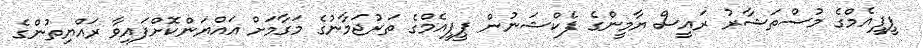
ޕީޕީއެމްގެ މުސްތަޝާރު ރައީސް ޔާމީންގެ ފެކްޝަނުން ޕީޕީއެމްގެ ތަރުޖަމާނުގެ މަގާމަށް އައްޔަންކޮށްފައިވާ ރައްޔިތުންގެ